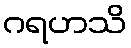
ဂရဟသိ